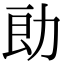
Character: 勆